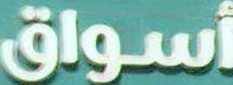
أسواق